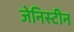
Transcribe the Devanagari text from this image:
जेनिस्टीन